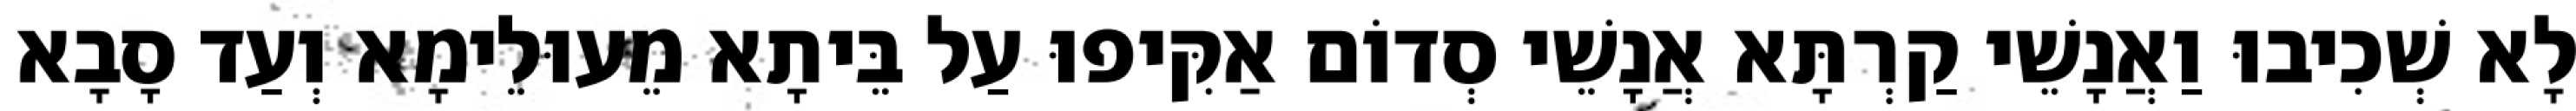
לָא שְׁכִיבוּ וַאֲנָשֵׁי קַרְתָּא אֲנָשֵׁי סְדוֹם אַקִּיפוּ עַל בֵּיתָא מֵעוּלֵימָא וְעַד סָבָא